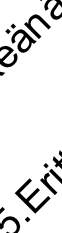
. E n